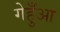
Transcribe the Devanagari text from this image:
गेहुँआ